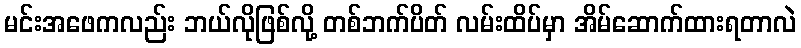
မင်းအဖေကလည်း ဘယ်လိုဖြစ်လို့ တစ်ဘက်ပိတ် လမ်းထိပ်မှာ အိမ်ဆောက်ထားရတာလဲ